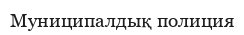
Муниципалдық полиция